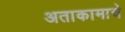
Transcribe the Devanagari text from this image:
अताकामाचे